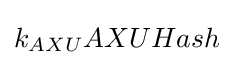
k_{AXU}AXUHash